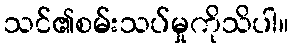
သင်၏စမ်းသပ်မှုကိုသိပါ။